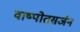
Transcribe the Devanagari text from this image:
वाष्पोतसर्जन